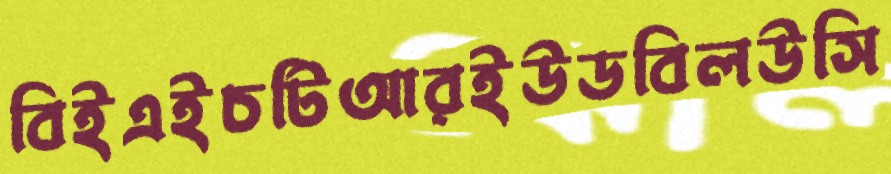
বিইএইচটিআরইউডবিলউসি